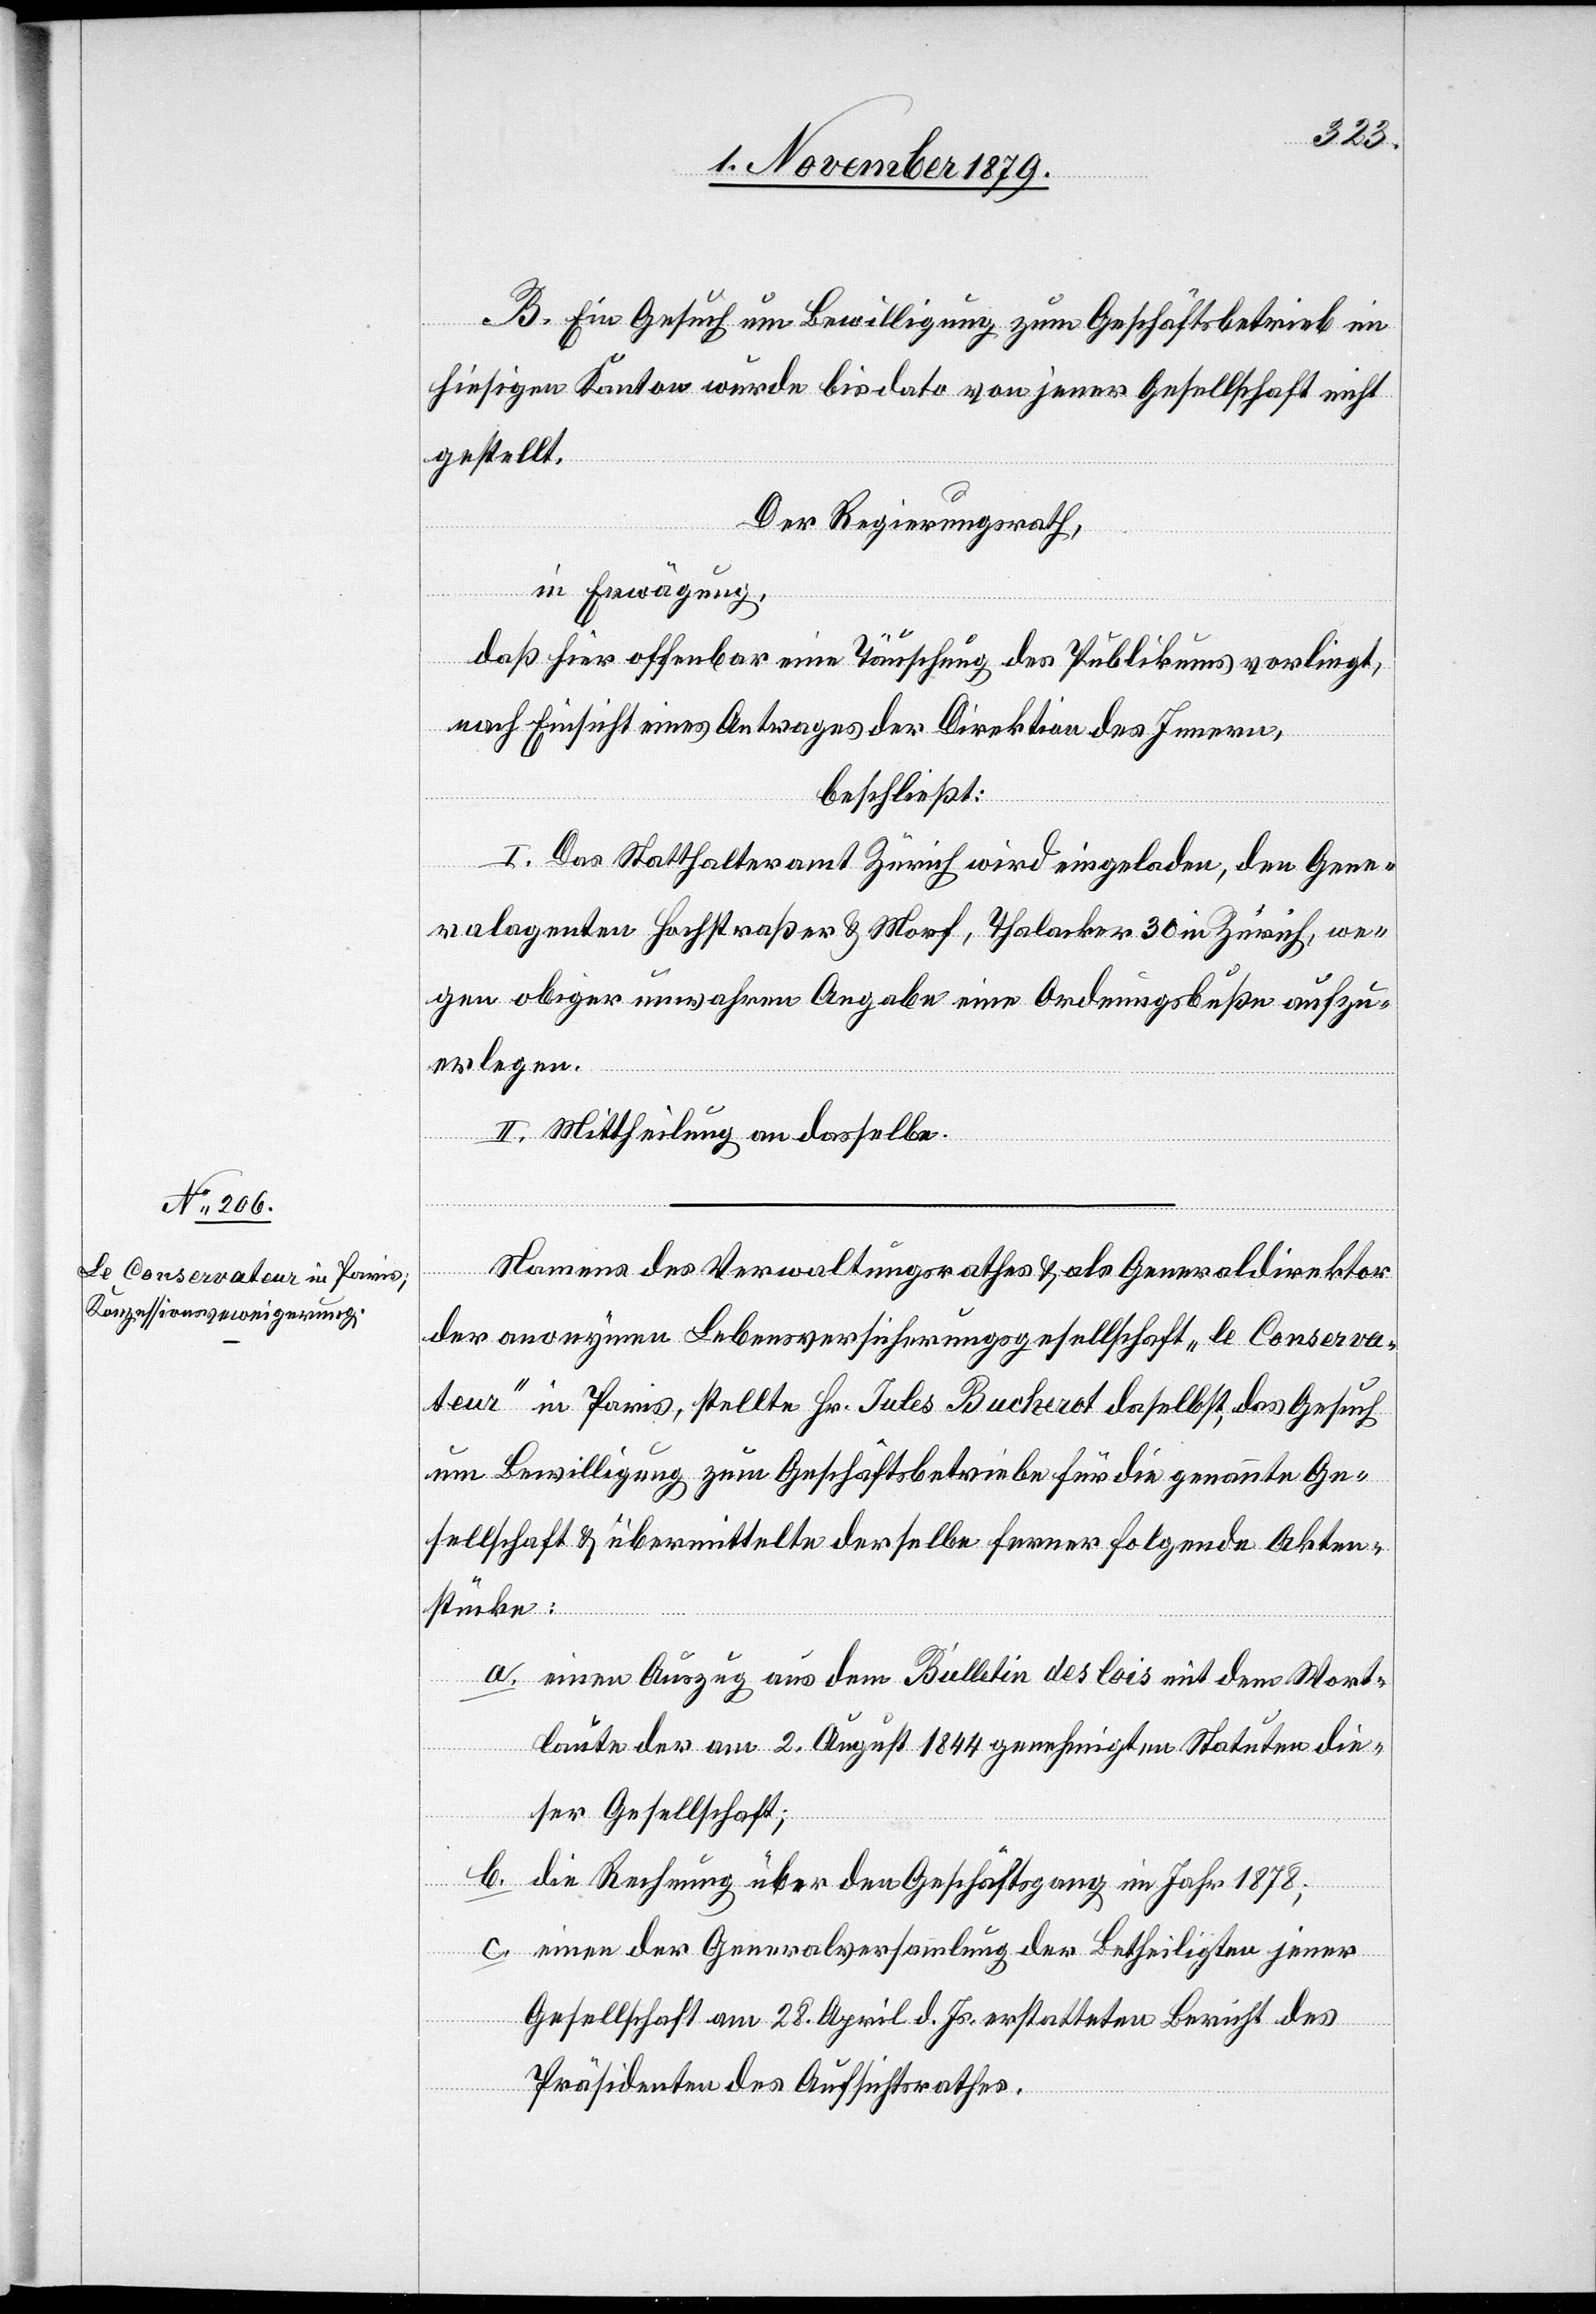
B. Ein Gesuch um Bewilligung zum Geschäftsbetrieb im
hiesigen Kanton wurde bis dato von jener Gesellschaft nicht
gestellt.
Der Regierungsrath,
in Erwägung,
daß hier offenbar eine Täuschung des Publikums vorliegt,
nach Einsicht eines Antrages der Direktion des Innern,
beschließt:
I. Das Statthalteramt Zürich wird eingeladen, den Gene¬
ralagenten Hochstraßer & Morf, Thalacker 30 in Zürich, we¬
gen obiger unwahren Angaben eine Ordnungsbuße aufzu¬
erlegen.
II. Mittheilung an dasselbe.
Namens des Verwaltungsrathes & als Generaldirektor
der anonymen Lebensversicherungsgesellschaft „le Conserva¬
teur“ in Paris, stellte Hr. Jules Bucherot daselbst, das Gesuch
um Bewilligung zum Geschäftsbetriebe für die genannte Ge¬
sellschaft & übermittelte derselbe ferner folgende Akten¬
stücke:
a. einen Auszug aus dem Bulletin des lois mit dem Wort¬
laute der am 2. August 1844 genehmigten Statuten die¬
ser Gesellschaft;
b. die Rechnung über den Geschäftsgang im Jahr 1878;
c. einen der Generalversammlung der Betheiligten jener
Gesellschaft am 28. April d. Js. erstatteten Bericht des
Präsidenten des Aufsichtsrathes.